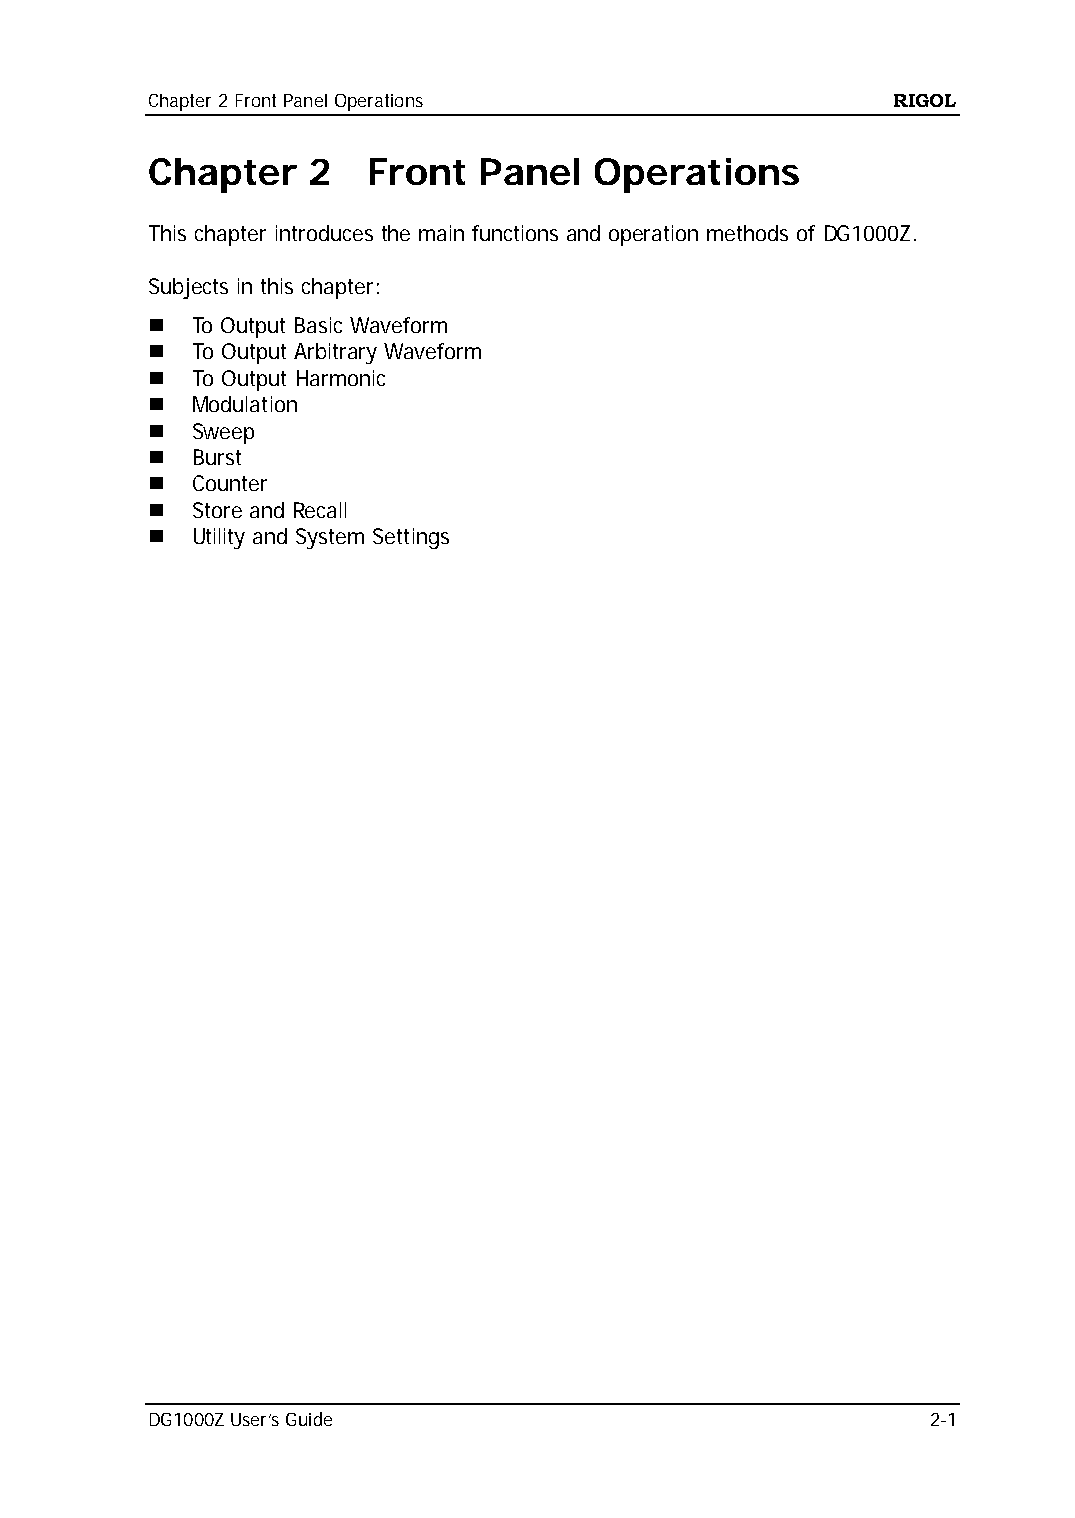
Chapter 2 Front Panel Operations                 RIGOL
 Chapter   2   Front   Panel  Operations
 This chapter introduces the main functions and operation methods of DG1000Z.
 Subjects in this chapter:
   To Output Basic Waveform
   To Output Arbitrary Waveform
   To Output Harmonic
   Modulation
   Sweep
   Burst
   Counter
   Store and Recall
   Utility and System Settings
 DG1000Z User’s Guide                                2-1